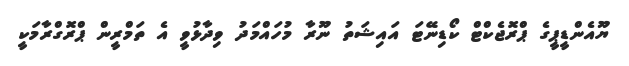
ޔޫއެންޑީޕީގެ ޕްރޮޖެކްޓް ކޯޑިނޭޓަ އައިޝަތު ނޫރާ މުހައްމަދު ވިދާޅުވީ އެ ތަމްރީން ޕްރޮގްރާމަކީ